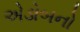
એડોબનો